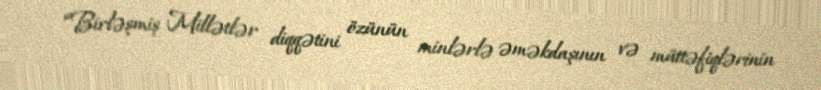
“Birləşmiş Millətlər diqqətini özünün minlərlə əməkdaşının və müttəfiqlərinin